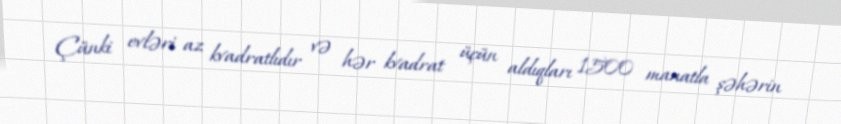
Çünki evləri az kvadratlıdır və hər kvadrat üçün aldıqları 1500 manatla şəhərin